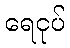
ရေငုပ်